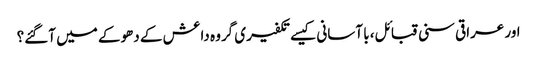
اور عراقی سنی قبائل، با آسانی کیسے تکفیری گروہ داعش کے دھوکے میں آگئے؟